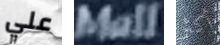
علي Mall أكثر